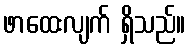
ဖာထေးလျက် ရှိသည်။